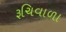
રૂચિવાળા